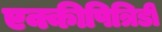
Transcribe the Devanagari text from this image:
एक्कीपित्रिडी